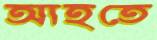
আহতে